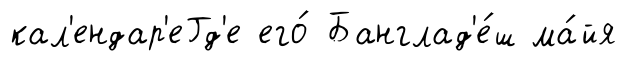
кал'ендар'еГд'е его́ Банглад'е́ш ма́йя